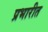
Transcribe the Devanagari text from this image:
प्रभारीत